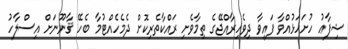
ޝިފާޢު ހުށަހަޅުއްވާ ފައިވާ ދިވެހިރާއްޖޭގެ ތިމާވެށި ރައްކާތެރިކޮށް ދެމެހެއްޓުމާ ބެހޭ ޤާނޫނަށް އިސްލާހު